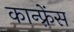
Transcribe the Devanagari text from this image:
कान्‍फ़्रेंस